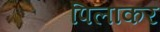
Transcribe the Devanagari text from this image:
पिलाकर